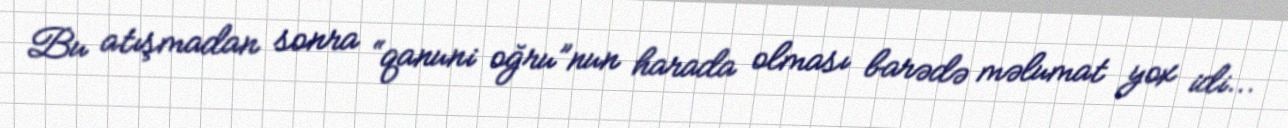
Bu atışmadan sonra “qanuni oğru”nun harada olması barədə məlumat yox idi...